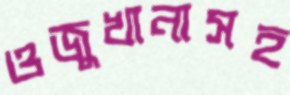
ওজুখানাসহ